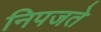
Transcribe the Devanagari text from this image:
निपजते